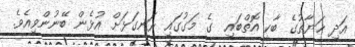
އަދި ޙަޔާތުގެ ބާކީ އޮތްބައި  ގެ މަގުގައި ރަނގަޅަށް އުޅެން ބޭނުންވިއެވެ.